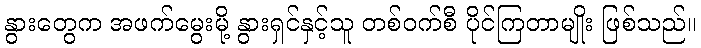
နွားတွေက အဖက်မွေးမို့ နွားရှင်နှင့်သူ တစ်ဝက်စီ ပိုင်ကြတာမျိုး ဖြစ်သည်။